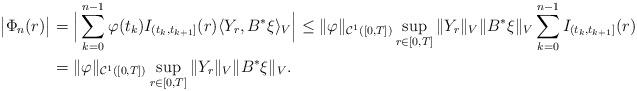
LaTeX: \begin{align*}\big|\Phi_n(r)\big|&=\Big|\sum_{k=0}^{n-1} \varphi(t_k)I_{(t_k,t_{k+1}]}(r)\langle Y_r,B^*\xi\rangle_V\Big| \leq\|\varphi\|_{\mathcal{C}^1([0,T])}\sup_{r\in[0,T]}\|Y_r\|_V\|B^*\xi\|_V\sum_{k=0}^{n-1} I_{(t_k,t_{k+1}]}(r)\\&=\|\varphi\|_{\mathcal{C}^1([0,T])}\sup_{r\in[0,T]}\|Y_r\|_V\|B^*\xi\|_V.\end{align*}